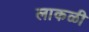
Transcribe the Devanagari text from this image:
लाकळी